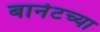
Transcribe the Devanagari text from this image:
बार्नेटच्या